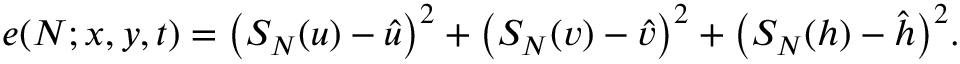
e ( N ; x , y , t ) = \left( S _ { N } ( u ) - \hat { u } \right) ^ { 2 } + \left( S _ { N } ( v ) - \hat { v } \right) ^ { 2 } + \bigl ( S _ { N } ( h ) - \hat { h } \bigr ) ^ { 2 } .